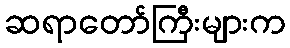
ဆရာတော်ကြီးများက